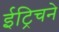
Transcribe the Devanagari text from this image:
ईट्रिचने